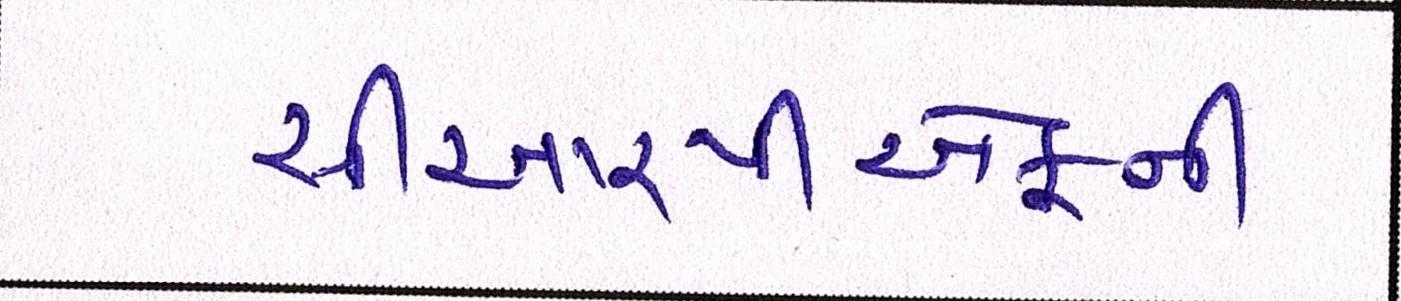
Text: સીઆરપીએફની